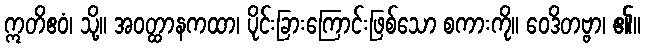
ဣတိဧဝံ၊ သို့။ အဝတ္ထာနကထာ၊ ပိုင်းခြားကြောင်းဖြစ်သော စကားကို။ ဝေဒိတဗ္ဗာ၊ ၏။